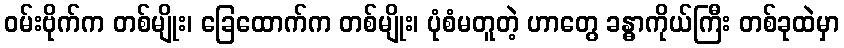
ဝမ်းဗိုက်က တစ်မျိုး၊ ခြေထောက်က တစ်မျိုး၊ ပုံစံမတူတဲ့ ဟာတွေ ခန္ဓာကိုယ်ကြီး တစ်ခုထဲမှာ